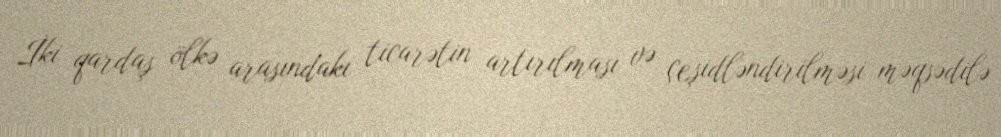
İki qardaş ölkə arasındakı ticarətin artırılması və çeşidləndirilməsi məqsədilə